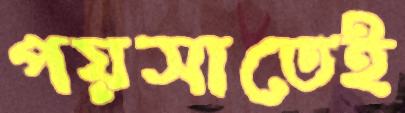
পয়সাতেই